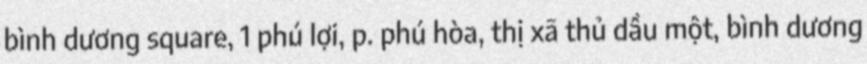
bình dương square, 1 phú lợi, p. phú hòa, thị xã thủ dầu một, bình dương